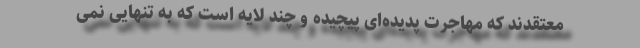
معتقدند که مهاجرت پدیده‌ای پیچیده و چند لایه است که به تنهایی نمی